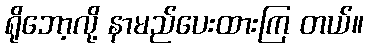
ရိုဘော့လို့ နာမည်ပေးထားကြ တယ်။